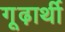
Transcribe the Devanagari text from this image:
गूढ़ार्थी